Vaccine operations Central Provinces 1868-1885 - 1868-1885
Year: 1868
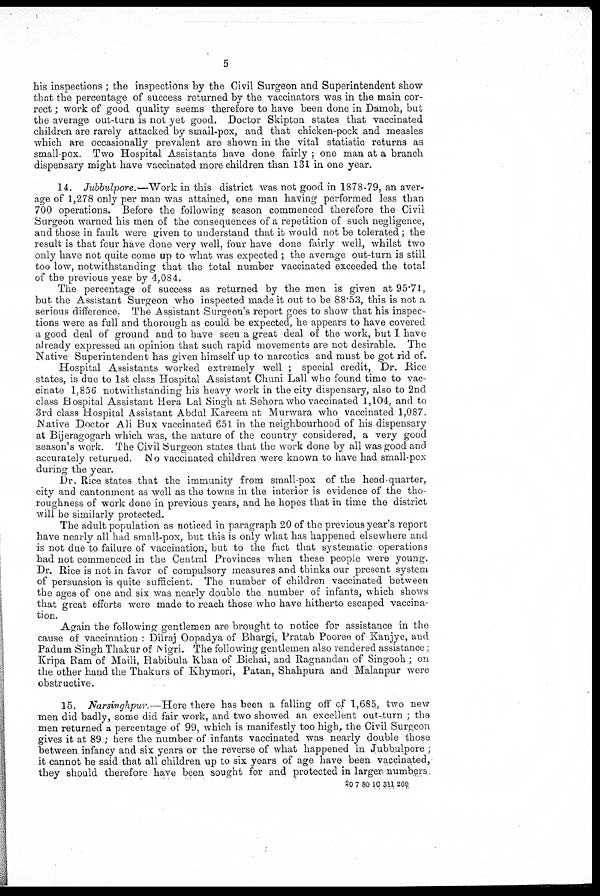
5
his inspections ; the inspections by the Civil Surgeon and Superintendent show
that the percentage of success returned by the vaccinators was in the main cor-
rect ; work of good quality seems therefore to have been done in Damoh, but
the average out-turn is not yet good. Doctor Skipton states that vaccinated
children are rarely attacked by small-pox, and that chicken-pock and measles
which are occasionally prevalent are shown in the vital statistic returns as
small-pox. Two Hospital Assistants have done fairly ; one man at a branch
dispensary might have vaccinated more children than 131 in one year.
14. Jubbulpore.—Work in this district was not good in 1878-79, an aver-
age of 1,278 only per man was attained, one man having performed less than
700 operations. Before the following season commenced therefore the Civil
Surgeon warned his men of the consequences of a repetition of such negligence,
and those in fault were given to understand that it would not be tolerated ; the
result is that four have done very well, four have done fairly well, whilst two
only have not quite come up to what was expected ; the average out-turn is still
too low, notwithstanding that the total number vaccinated exceeded the total
of the previous year by 4,084.
The percentage of success as returned by the men is given at 95.71,
but the Assistant Surgeon who inspected made it out to be 88.53, this is not a
serious difference. The Assistant Surgeon's report goes to show that his inspec-
tions were as full and thorough as could be expected, he appears to have covered
a good deal of ground and to have seen a great deal of the work, but I have
already expressed an opinion that such rapid movements are not desirable. The
Native Superintendent has given himself up to narcotics and must be got rid of.
Hospital Assistants worked extremely well ; special credit, Dr. Rice
states, is due to 1st class Hospital Assistant Chuni Lall who found time to vac-
cinate 1,856 notwithstanding his heavy work in the city dispensary, also to 2nd
class Hospital Assistant Hera Lal Singh at Sehora who vaccinated 1,104, and to
3rd class Hospital Assistant Abdul Kareem at Murwara who vaccinated 1,087,
Native Doctor Ali Bux vaccinated 651 in the neighbourhood of his dispensary
at Bijeragogarh which was, the nature of the country considered, a very good
season's work. The Civil Surgeon states that the work done by all was good and
accurately returned. No vaccinated children were known to have had small-pox
during the year.
Dr. Rice states that the immunity from small-pox of the head-quarter,
city and cantonment as well as the towns in the interior is evidence of the tho-
roughness of work done in previous years, and he hopes that in time the district
will be similarly protected.
The adult population as noticed in paragraph 20 of the previous year's report
have nearly all had small-pox, but this is only what has happened elsewhere and
is not due to failure of vaccination, but to the fact that systematic operations
had not commenced in the Central Provinces when these people were young.
Dr. Rice is not in favor of compulsory measures and thinks our present system
of persuasion is quite sufficient. The number of children vaccinated between
the ages of one and six was nearly double the number of infants, which shows
that great efforts were made to reach those who have hitherto escaped vaccina-
tion.
Again the following gentlemen are brought to notice for assistance in the
cause of vaccination : Dilraj Oopadya of Bhargi, Pratab Pooree of Kanjye, and
Padum Singh Thakur of Nigri. The following gentlemen also rendered assistance:
Kripa Ram of Maili, Habibula Khan of Bichai, and Ragnandan of Singooh ; on
the other hand the Thakurs of Khymori, Patan, Shahpura and Malanpur were
obstructive.
15. Narsinghpur—Here there has been a falling off of 1,685, two new
men did badly, some did fair work, and two showed an excellent out-turn ; the
men returned a percentage of 99, which is manifestly too high, the Civil Surgeon
gives it at 89 ; here the number of infants vaccinated was nearly double those
between infancy and six years or the reverse of what happened in Jubbulpore ;
it cannot be said that all children up to six years of age have been vaccinated,-
they should therefore have been sought for and protected in larger, numbers.
20 7 80 10 311 269